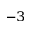
^ { - 3 }